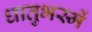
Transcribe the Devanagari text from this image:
धातुभस्में